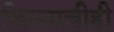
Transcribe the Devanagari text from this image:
ख्रिस्ताचीही